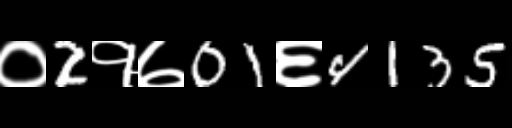
Text: ०2१७01६4135